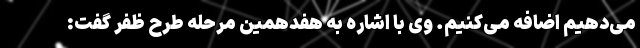
می‌دهیم اضافه می‌کنیم. وی با اشاره به هفدهمین مرحله طرح ظفر گفت: